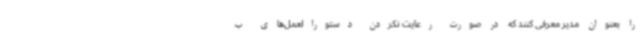
را بعنوان مدیر معرفی کنند که در صورت رعایت نکردن دستورالعمل‌های ب